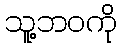
သူ့ဘဝကို